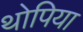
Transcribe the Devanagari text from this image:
थोपिया